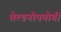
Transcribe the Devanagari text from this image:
वेल्डनोपयोगी